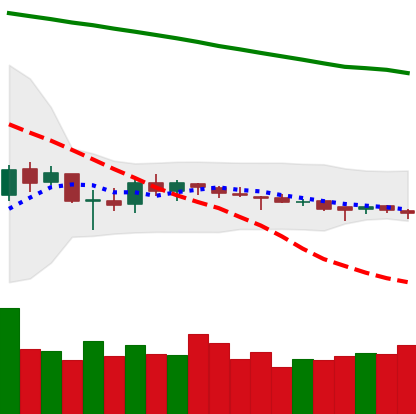
Ticker: ETC-USD
Chart end date: 2018-10-10
Forward return: -9.697%
Label: down_7plus